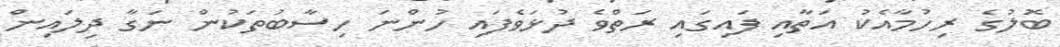
ބޮލުގެ ރިހުމާއެކު އަތާއި ފައިގައި ރަތްވެ ދުޅަވެފައި ހުންނަ ހިސާބުތަކުން ނަގާ ދިލައިން